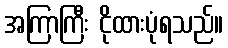
အကြာကြီး ငိုထားပုံရသည်။